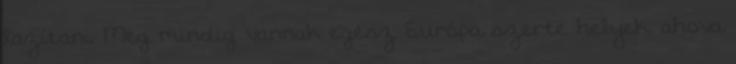
lazítani. Még mindig vannak egész Európa szerte helyek, ahova